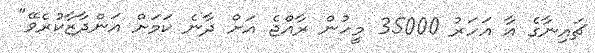
ޗައިނާގެ އާ އަހަރު 35000 މީހުން ރާއްޖެ އަށް ދާނެ ކަމަށް އަންދާޒާކުރެވޭ"